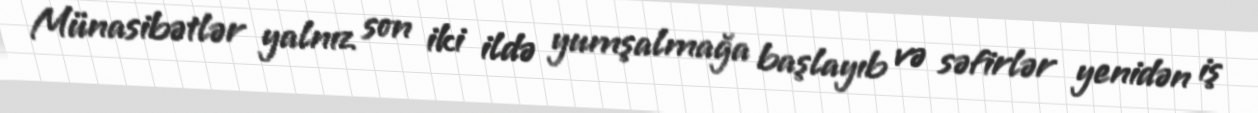
Münasibətlər yalnız son iki ildə yumşalmağa başlayıb və səfirlər yenidən iş